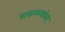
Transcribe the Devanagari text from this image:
पाकळ्यांवर